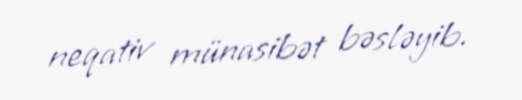
neqativ münasibət bəsləyib.